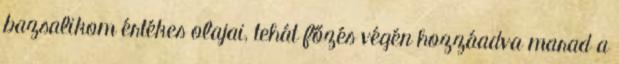
bazsalikom értékes olajai, tehát főzés végén hozzáadva marad a